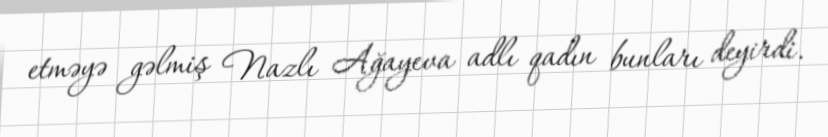
etməyə gəlmiş Nazlı Ağayeva adlı qadın bunları deyirdi.